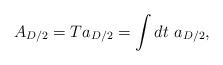
LaTeX: \begin{align*}A_{D/2}=Ta_{D/2}=\int dt ~a_{D/2},\end{align*}